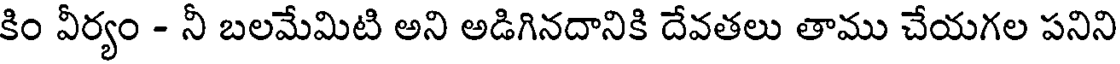
కిం వీర్యం - నీ బలమేమిటి అని అడిగినదానికి దేవతలు తాము చేయగల పనిని